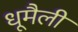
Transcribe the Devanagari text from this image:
धूमैली